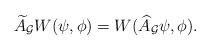
LaTeX: \begin{align*}\widetilde{A}_{{\mathcal{G}}}W(\psi,\phi)=W(\widehat{A}_{{\mathcal{G}}}\psi,\phi).\end{align*}